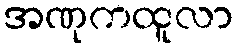
အဏုကထူလာ